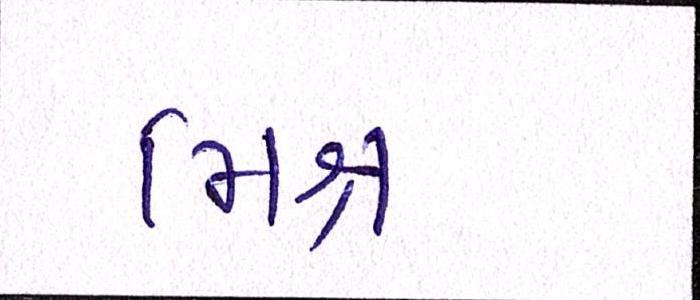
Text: મિશ્ર